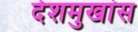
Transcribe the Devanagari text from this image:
देशमुखांस